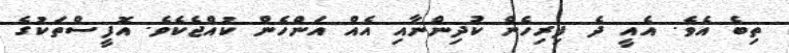
ތިބެ އެވެ. އެއީ ދެ ފިރިހެން ކުދިންނާއި އެއް އަންހެން ކުއްޖެކެވެ. އޮފީސްތަކުގެ